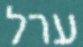
ערל